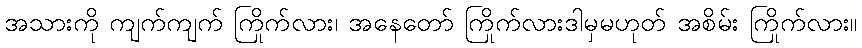
အသားကို ကျက်ကျက် ကြိုက်လား၊ အနေတော် ကြိုက်လားဒါမှမဟုတ် အစိမ်း ကြိုက်လား။